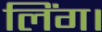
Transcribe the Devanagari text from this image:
लिंग।